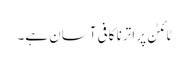
ٹائٹن پر اترنا کافی آسان ہے۔